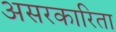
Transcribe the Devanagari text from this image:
असरकारिता